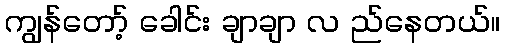
ကျွန်တော့် ခေါင်း ချာချာ လ ည်နေတယ်။